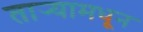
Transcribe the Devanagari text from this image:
तार्‍यामधून